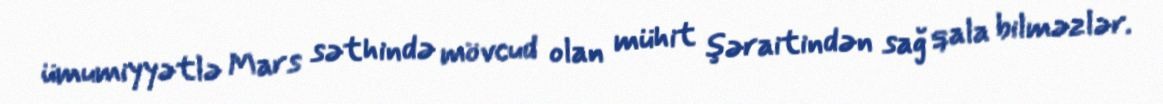
ümumiyyətlə Mars səthində mövcud olan mühit şəraitindən sağ qala bilməzlər.